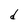
Character: d